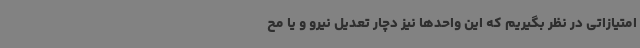
امتیازاتی در نظر بگیریم که این واحدها نیز دچار تعدیل نیرو و یا مح